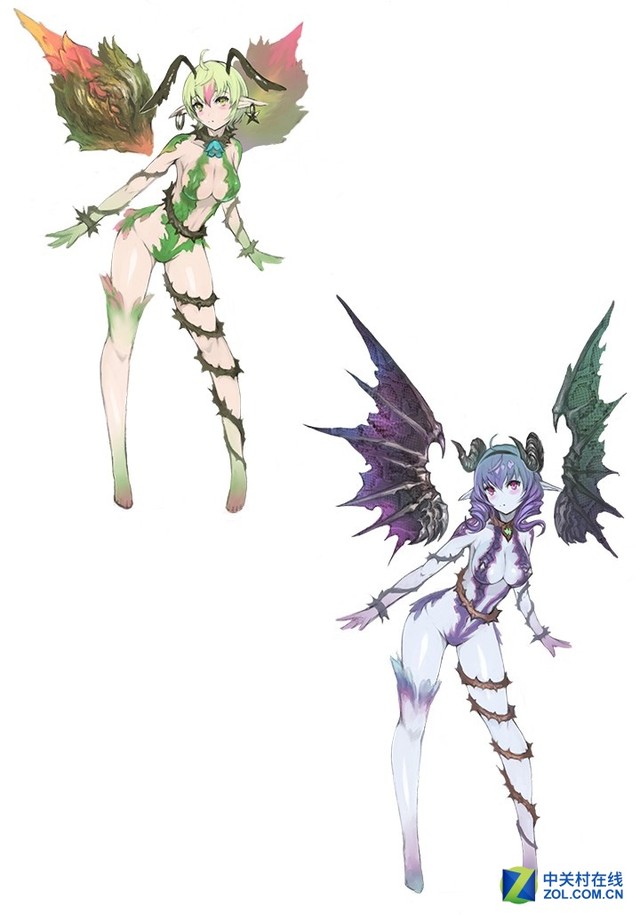
无冥冥之志者，无昭昭之明无惛惛之事者，无赫赫之功。